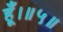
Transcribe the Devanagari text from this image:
हूँ।॥५॥